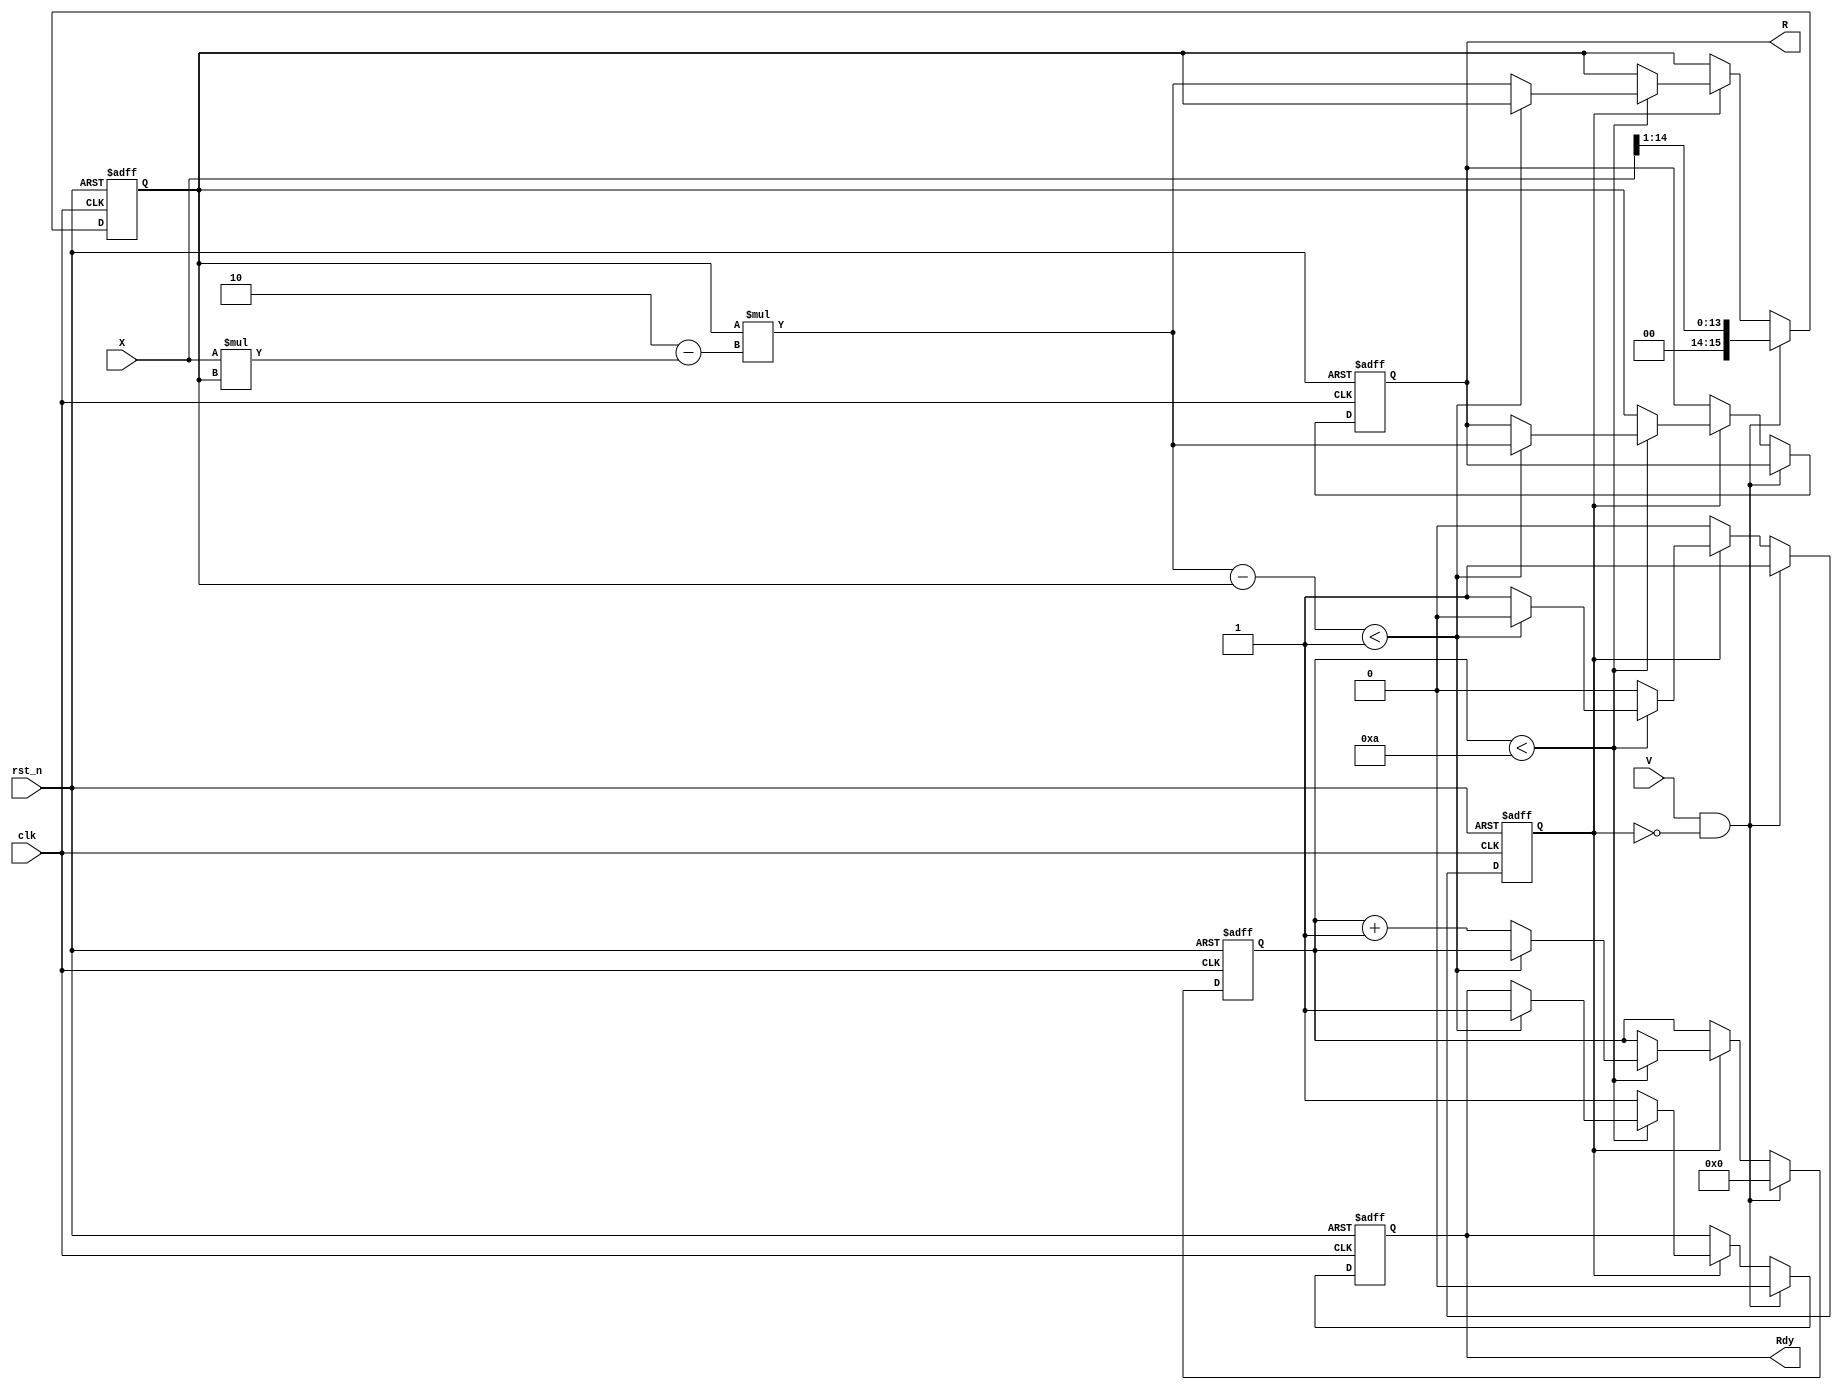
module IterativeReciprocal #(
    parameter N = 16,            // Bit-width for input and output
    parameter MAX_ITER = 10,     // Maximum number of iterations
    parameter CONVERGENCE_THRESH = 16'h0001 // Convergence threshold
)(
    input wire clk,              // Clock signal
    input wire rst_n,            // Active-low reset
    input wire [N-1:0] X,        // Input value (0 < X < 1)
    input wire V,                // Valid input signal
    output reg [N-1:0] R,        // Output reciprocal
    output reg Rdy               // Ready signal
);

    reg [N-1:0] R_current;       // Current estimate of reciprocal
    reg [N-1:0] R_next;          // Next estimate of reciprocal
    reg [N-1:0] delta;           // Difference for convergence check
    reg [3:0] iteration_count;    // Iteration counter
    reg processing;               // Processing state

    // Initialization logic
    always @(posedge clk or negedge rst_n) begin
        if (!rst_n) begin
            R <= 0;
            Rdy <= 0;
            R_current <= 0;
            iteration_count <= 0;
            processing <= 0;
        end else begin
            if (V && !processing) begin
                // Start processing on valid input
                R_current <= {1'b0, X[N-2:1]} ; // Initial approximation (1/X)
                iteration_count <= 0;
                processing <= 1;
                Rdy <= 0;
            end else if (processing) begin
                // Iterative process
                if (iteration_count < MAX_ITER) begin
                    // Update logic
                    R_next = R_current * (2 - X * R_current);
                    delta = R_next - R_current;

                    // Check for convergence
                    if (delta < CONVERGENCE_THRESH) begin
                        R <= R_next; // Final result
                        Rdy <= 1;    // Output is ready
                        processing <= 0; // Stop processing
                    end else begin
                        R_current <= R_next; // Update current estimate
                        iteration_count <= iteration_count + 1; // Increment iteration count
                    end
                end else begin
                    // Maximum iterations reached, output current estimate
                    R <= R_current; // Final result
                    Rdy <= 1;      // Output is ready
                    processing <= 0; // Stop processing
                end
            end
        end
    end

endmodule